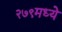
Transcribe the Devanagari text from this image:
२७९मध्ये